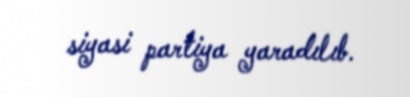
siyasi partiya yaradılıb.